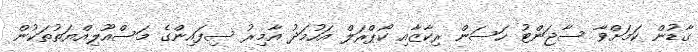
ގާޑުން ކަމަށްވާ ސާޖަންޓު ހަސަން ރިކާޒާއި ކޯޕްރަލް އަހުމަދު އާމިރު ސިފައިންގެ މަސްއޫލިއްޔަތުތަކުން